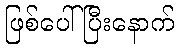
ဖြစ်ပေါ်ပြီးနောက်